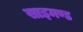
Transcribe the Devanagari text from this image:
साइमण्ड